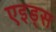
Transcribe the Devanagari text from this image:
एइड्स